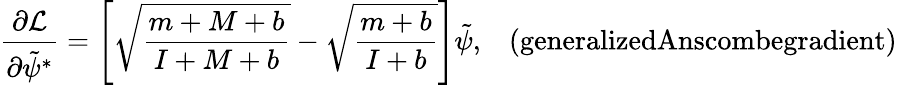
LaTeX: \frac{\partial\mathcal{L}}{\partial\tilde{\psi}^{*}}=\left[\sqrt{\frac{m+M+b}{I+M+b}}-\sqrt{\frac{m+b}{I+b}}\right]\tilde{\psi},\; \; \; \textrm{(generalizedAnscombegradient)}